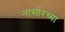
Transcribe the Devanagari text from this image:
नासीरच्या